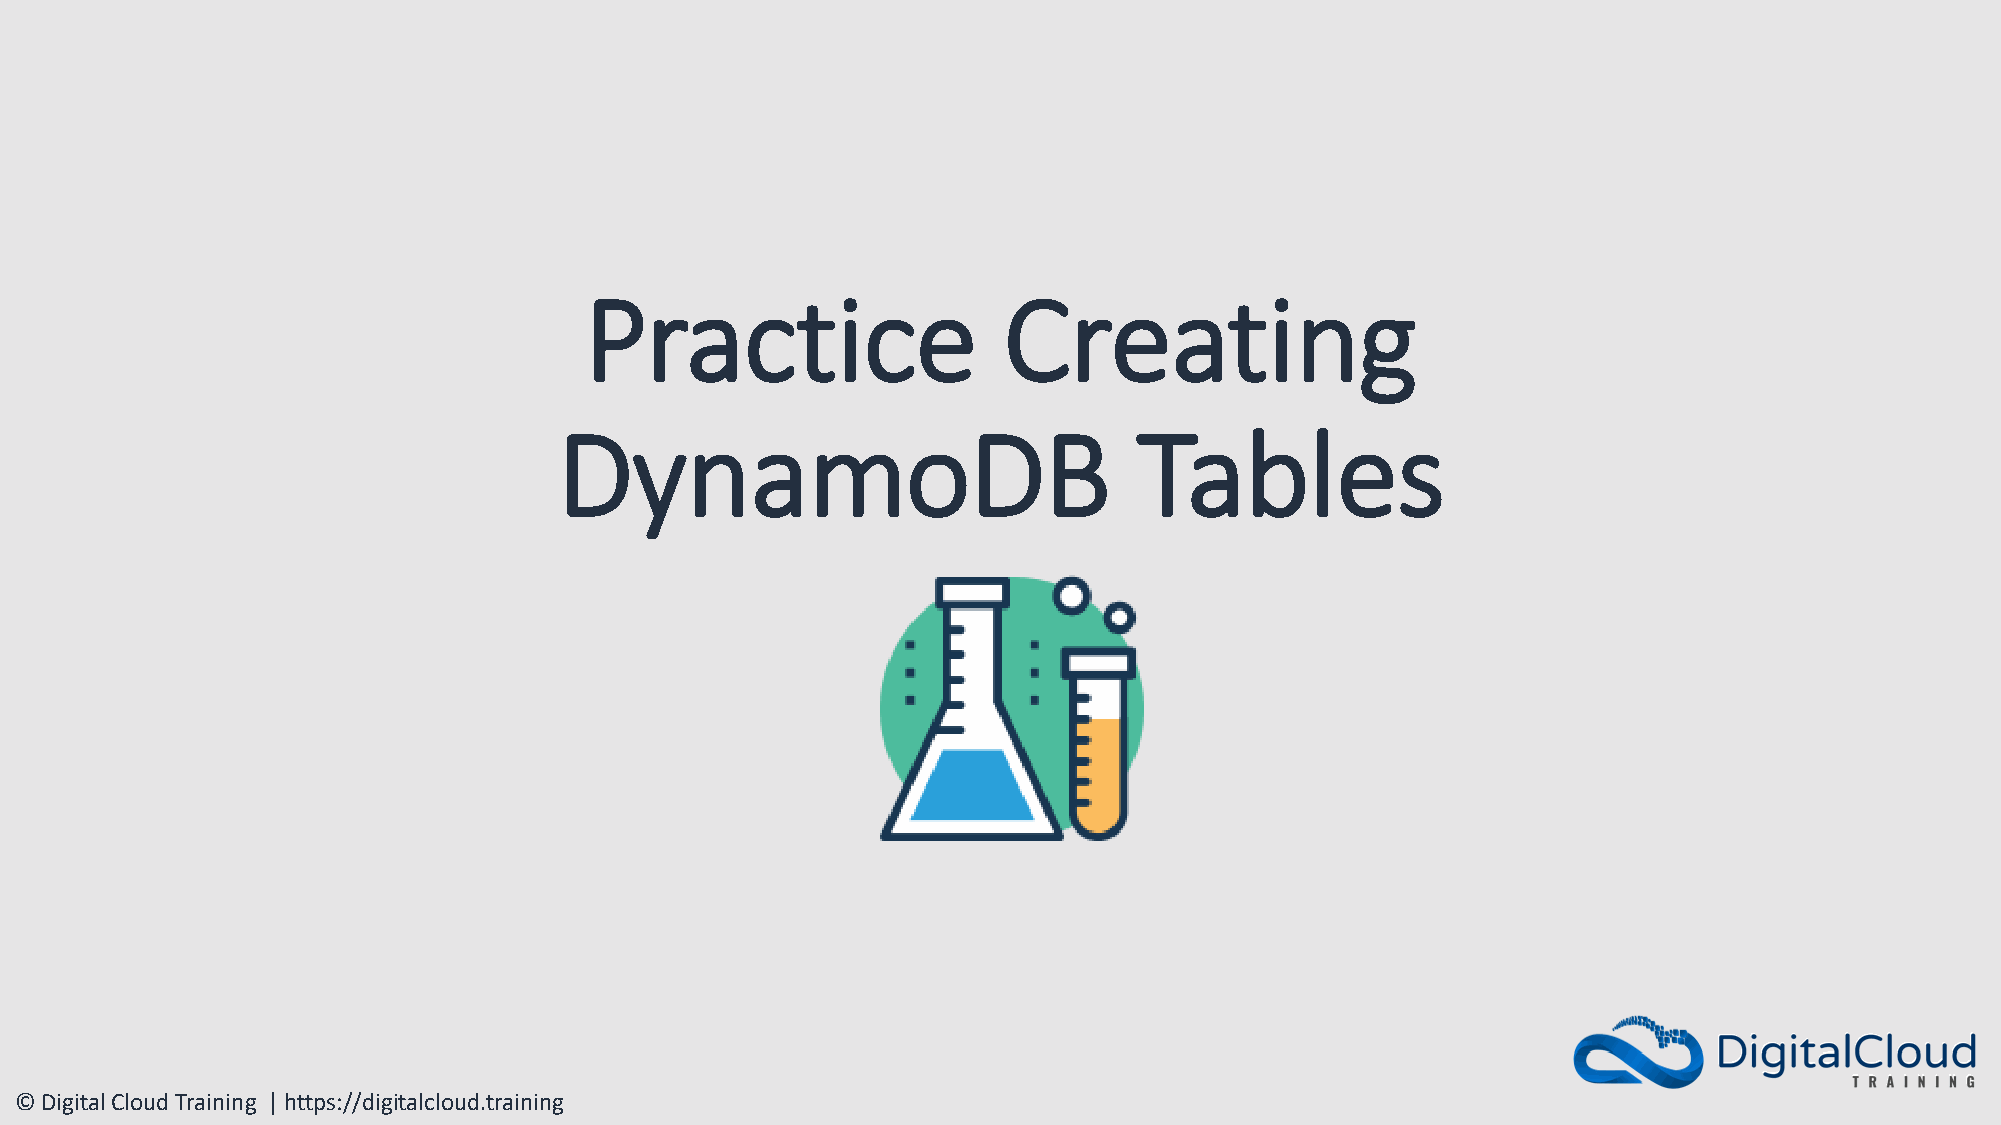
Practice                   Creating
 DynamoDB                              Tables
 © Digital Cloud Training | https://digitalcloud.training